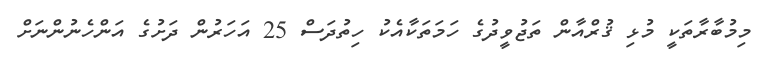
މިމުބާރާތަކީ މުޅި ޤުރްއާން ތަޖުވީދުގެ ހަމަތަކާއެކު ހިތުދަސް 25 އަހަރުން ދަށުގެ އަންހެނުންނަށް